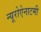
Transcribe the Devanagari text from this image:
न्यूरोऐनाटमी